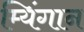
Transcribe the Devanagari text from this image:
म्यिंगान